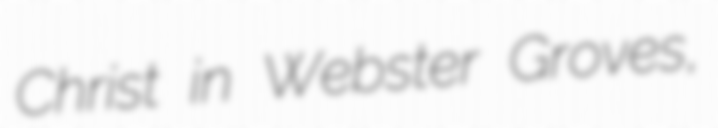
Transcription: Christ in Webster Groves,